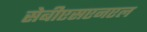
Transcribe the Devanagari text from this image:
सेबीएसएनएल